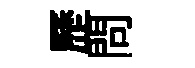
歷問